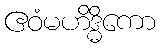
ဧဝံမဟိဒ္ဓိကော